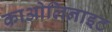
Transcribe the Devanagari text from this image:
काओलिनाइट